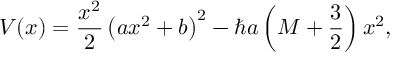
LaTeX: V ( x ) = \frac { x ^ { 2 } } 2 \left( a x ^ { 2 } + b \right) ^ { 2 } - \hbar a \left( M + \frac { 3 } { 2 } \right) x ^ { 2 } ,